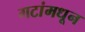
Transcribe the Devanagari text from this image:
गटांमधून